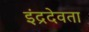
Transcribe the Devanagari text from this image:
इंद्रदेवता